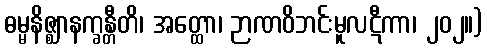
ဓမ္မနိဇ္ဈာနက္ခန္တီတိ၊ အတ္ထော၊ ဉာဏဝိဘင်းမူလဋီကာ၊ ၂၀၂။)